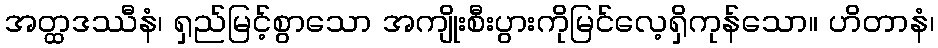
အတ္ထဒဿီနံ၊ ရှည်မြင့်စွာသော အကျိုးစီးပွားကိုမြင်လေ့ရှိကုန်သော။ ဟိတာနံ၊